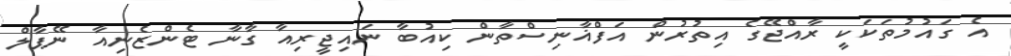
އެ ގައުމުތަކަކީ ރާއްޖޭގެ އިތުރުން އަފްޣާނިސްތާން ކިއުބާ ނައިޖީރިއާ ގާނާ ޓެންޒެނިއާ ނޭޕާލް